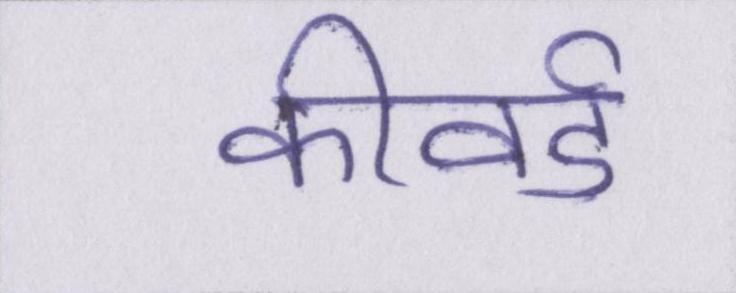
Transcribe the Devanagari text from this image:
कीवर्ड